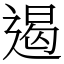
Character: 遏